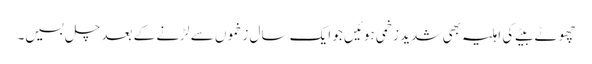
چھوٹے بیٹے کی اہلیہ بھی شدید زخمی ہوئیں جو ایک سال زخموں سے لڑنے کے بعد چل بسیں۔